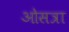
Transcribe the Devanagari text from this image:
ओसत्रा